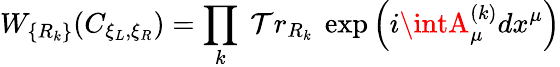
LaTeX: W_{\{ R_{k}\} }(C_{\xi_{L},\xi_{R}})=\prod_{k}~\mathcal{T}r_{R_{k}}~\exp\left(i\intA_{\mu}^{(k)}dx^{\mu}\right)